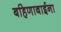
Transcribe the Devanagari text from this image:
बहिणाबाईना